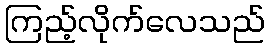
ကြည့်လိုက်လေသည်